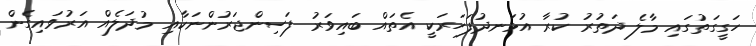
ހަގީގަތުގައި މާލެ ދަތުރު ކުރާ އުޅަނދުފަހަރަކީ އެތައް ބައިވަރު ފަސިންޖަރުންނަކާއި މުދަލެއް އަރުވައިގެން